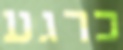
כרגע